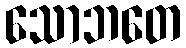
သောဘတေ